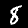
Digit: 8